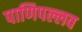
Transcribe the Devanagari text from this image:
पाणिपल्लव